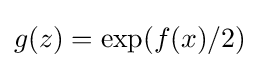
g(z)=\exp(f(x)/2)